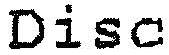
DISC